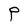
Character: P